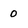
Character: 0